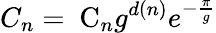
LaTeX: C_{n}=\mathrm{\mathit~C}_{n}g^{d(n)}e^{-{\frac{\pi}{g}}}